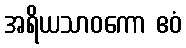
အရိယသာဝကော ဧဝံ